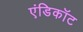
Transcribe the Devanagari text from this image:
एंडिकॉट